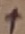
Text: +